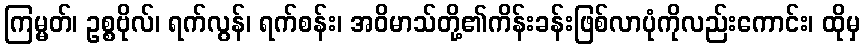
ကြမ္မတ်၊ ဥစ္စဗိုလ်၊ ရက်လွန်၊ ရက်စန်း၊ အဝိမာသ်တို့၏ကိန်းခန်းဖြစ်လာပုံကိုလည်းကောင်း၊ ထိုမှ